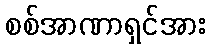
စစ်အာဏာရှင်အား